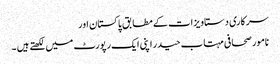
سرکاری دستاویزات کے مطابق پاکستان اور
نامور صحافی مہتاب حیدر اپنی ایک رپورٹ میں لکھتے ہیں ۔